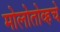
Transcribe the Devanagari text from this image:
मोलोतोव्हचे